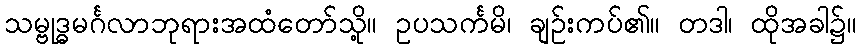
သမ္ဗုဒ္ဓမင်္ဂလာဘုရားအထံတော်သို့။ ဥပသင်္ကမိ၊ ချဉ်းကပ်၏။ တဒါ၊ ထိုအခါ၌။